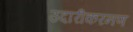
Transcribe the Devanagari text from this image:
उदारीकरनण